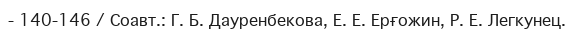
- 140-146 / Соавт.: Г. Б. Дауренбекова, Е. Е. Ерғожин, Р. Е. Легкунец.